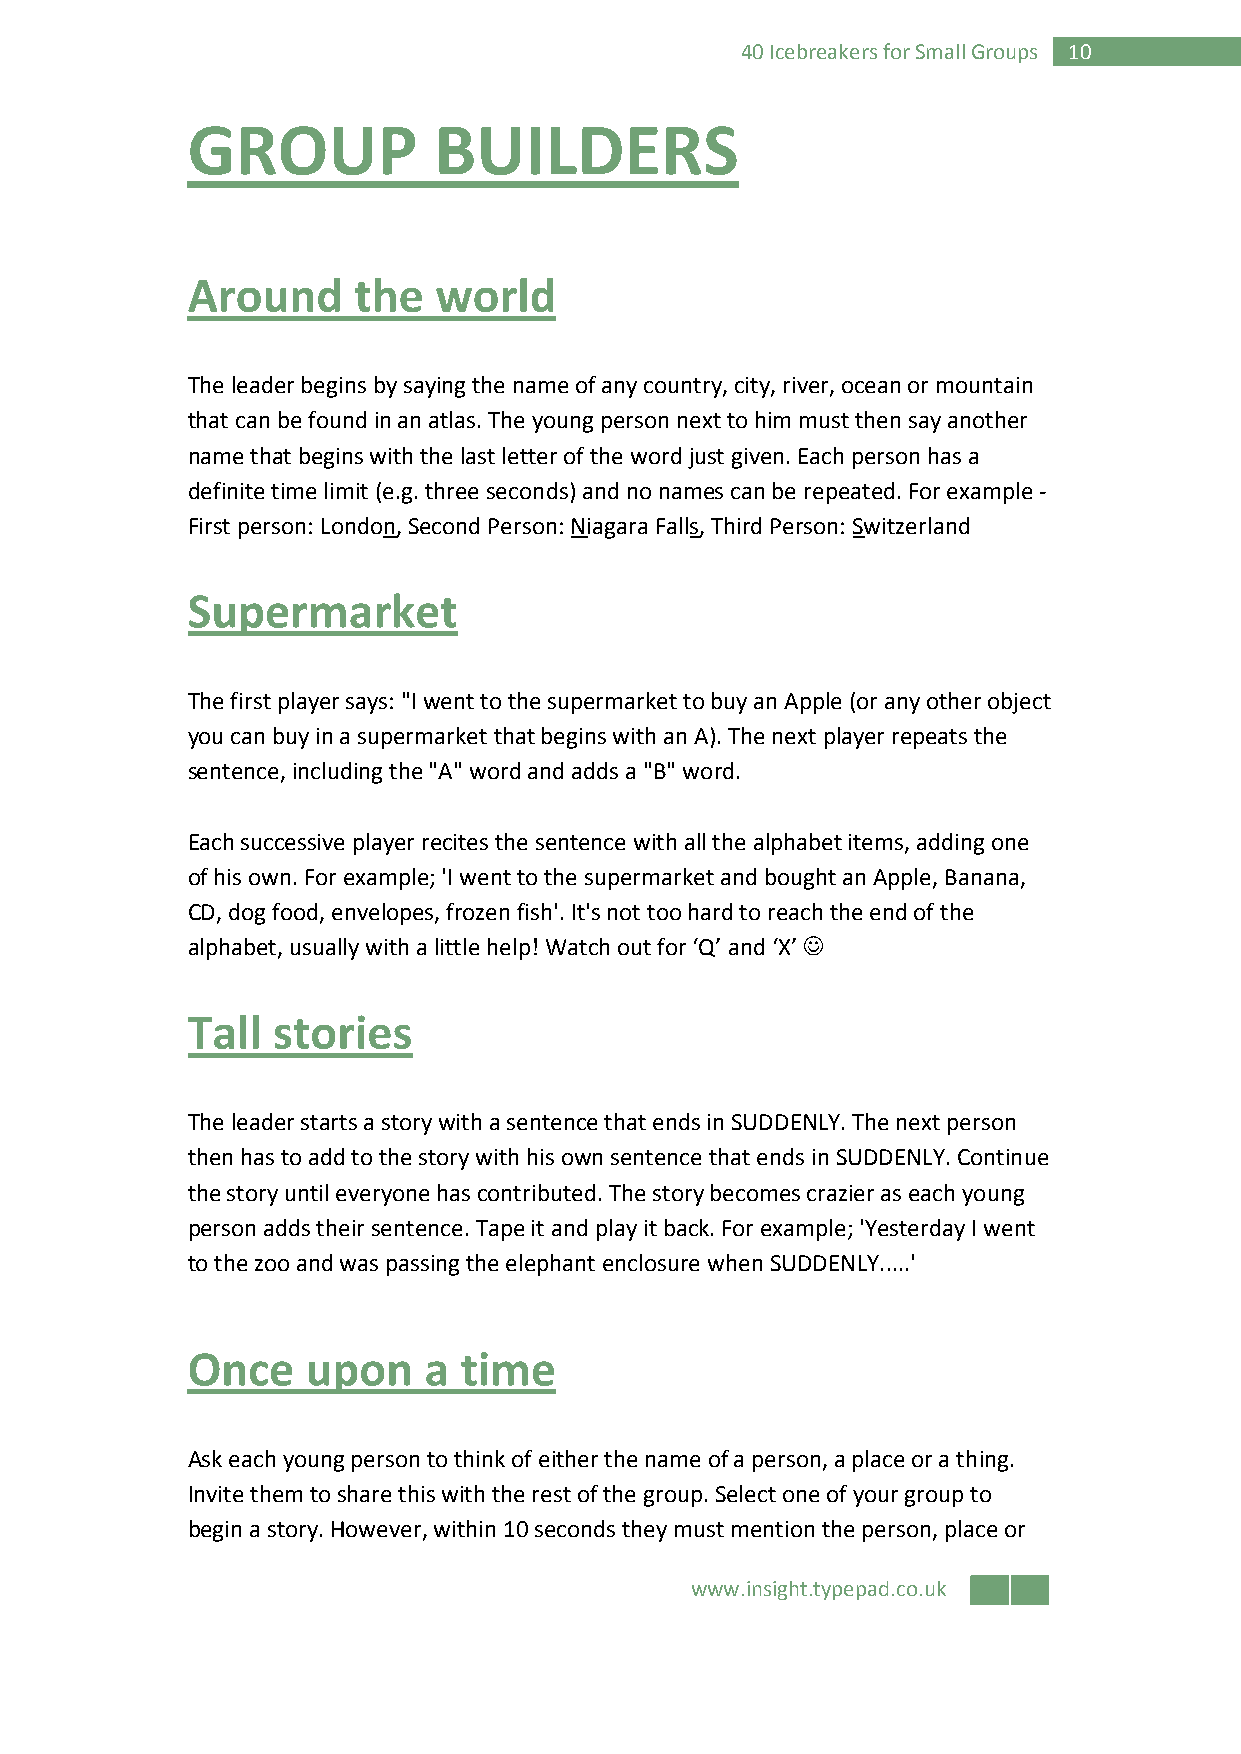
40 Icebreakers for Small Groups 10
 GROUP            BUILDERS
 Around     the   world
 The leader begins by saying the name of any country, city, river, ocean or mountain
 that can be found in an atlas. The young person next to him must then say another
 name that begins with the last letter of the word just given. Each person has a
 definite time limit (e.g. three seconds) and no names can be repeated. For example -
 First person: London, Second Person: Niagara Falls, Third Person: Switzerland
 Supermarket
 The first player says: "I went to the supermarket to buy an Apple (or any other object
 you can buy in a supermarket that begins with an A). The next player repeats the
 sentence, including the "A" word and adds a "B" word.
 Each successive player recites the sentence with all the alphabet items, adding one
 of his own. For example; 'I went to the supermarket and bought an Apple, Banana,
 CD, dog food, envelopes, frozen fish'. It's not too hard to reach the end of the
 alphabet, usually with a little help! Watch out for ‘Q’ and ‘X’ ☺
 Tall  stories
 The leader starts a story with a sentence that ends in SUDDENLY. The next person
 then has to add to the story with his own sentence that ends in SUDDENLY. Continue
 the story until everyone has contributed. The story becomes crazier as each young
 person adds their sentence. Tape it and play it back. For example; 'Yesterday I went
 to the zoo and was passing the elephant enclosure when SUDDENLY.....'
 Once    upon    a time
 Ask each young person to think of either the name of a person, a place or a thing.
 Invite them to share this with the rest of the group. Select one of your group to
 begin a story. However, within 10 seconds they must mention the person, place or
 www.insight.typepad.co.uk